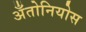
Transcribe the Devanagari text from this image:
अँतोनियोस